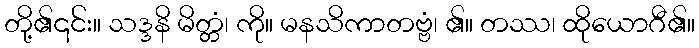
တို့၏၎င်း။ သဒ္ဒနိ မိတ္တံ၊ ကို။ မနသိကာတဗ္ဗံ၊ ၏။ တဿ၊ ထိုယောဂီ၏။